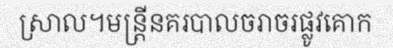
ស្រាល។មន្ត្រីនគរបាលចរាចរផ្លូវគោក